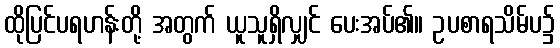
ထိုပြင်ပရဟန်းတို့ အတွက် ယူသူရှိလျှင် ပေးအပ်၏။ ဥပစာရသိမ်ပ၌